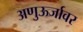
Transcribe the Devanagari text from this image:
अणुऊर्जावर